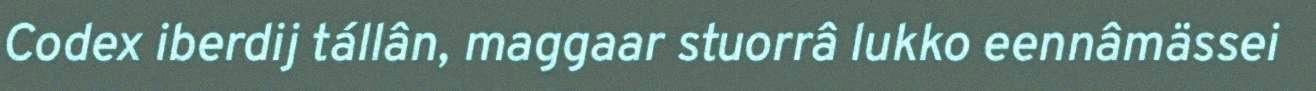
Codex iberdij tállân, maggaar stuorrâ lukko eennâmässei